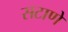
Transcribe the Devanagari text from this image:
सटाणे